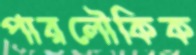
পারলৌকিক